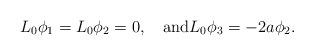
\begin{align*}L_0\phi_1=L_0\phi_2=0,\quad\textrm{and}L_0\phi_3=-2a\phi_2.\end{align*}